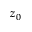
z _ { 0 }